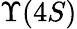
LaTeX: \Upsilon(4S)